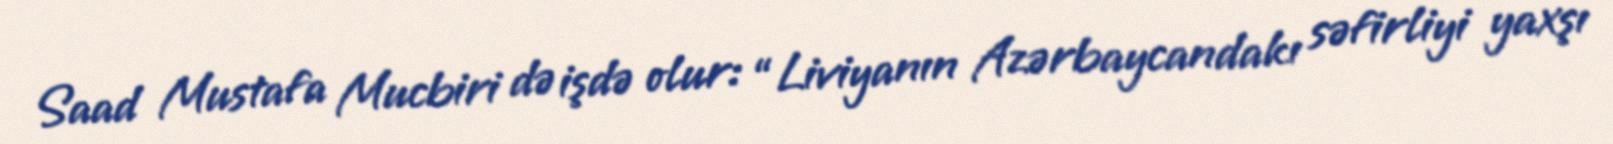
Saad Mustafa Mucbiri də işdə olur: “Liviyanın Azərbaycandakı səfirliyi yaxşı